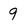
Character: 9